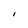
Character: I